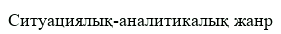
Ситуациялық-аналитикалық жанр